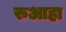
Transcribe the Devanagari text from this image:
रुआहा